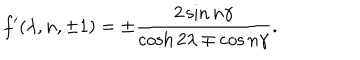
f ^ { \prime } ( \lambda , n , \pm 1 ) = \pm \frac { 2 \sin n \gamma } { \cosh 2 \lambda \mp \cos n \gamma } .